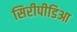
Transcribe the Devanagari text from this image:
सिरीपीडिआ